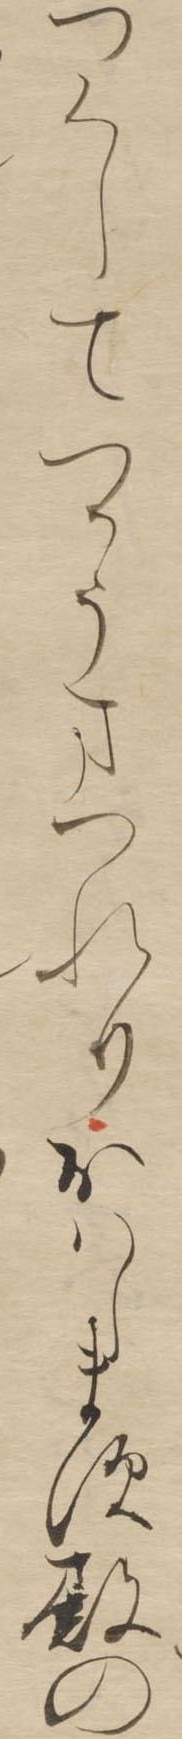
つくしてつかうまつれりおはします殿の